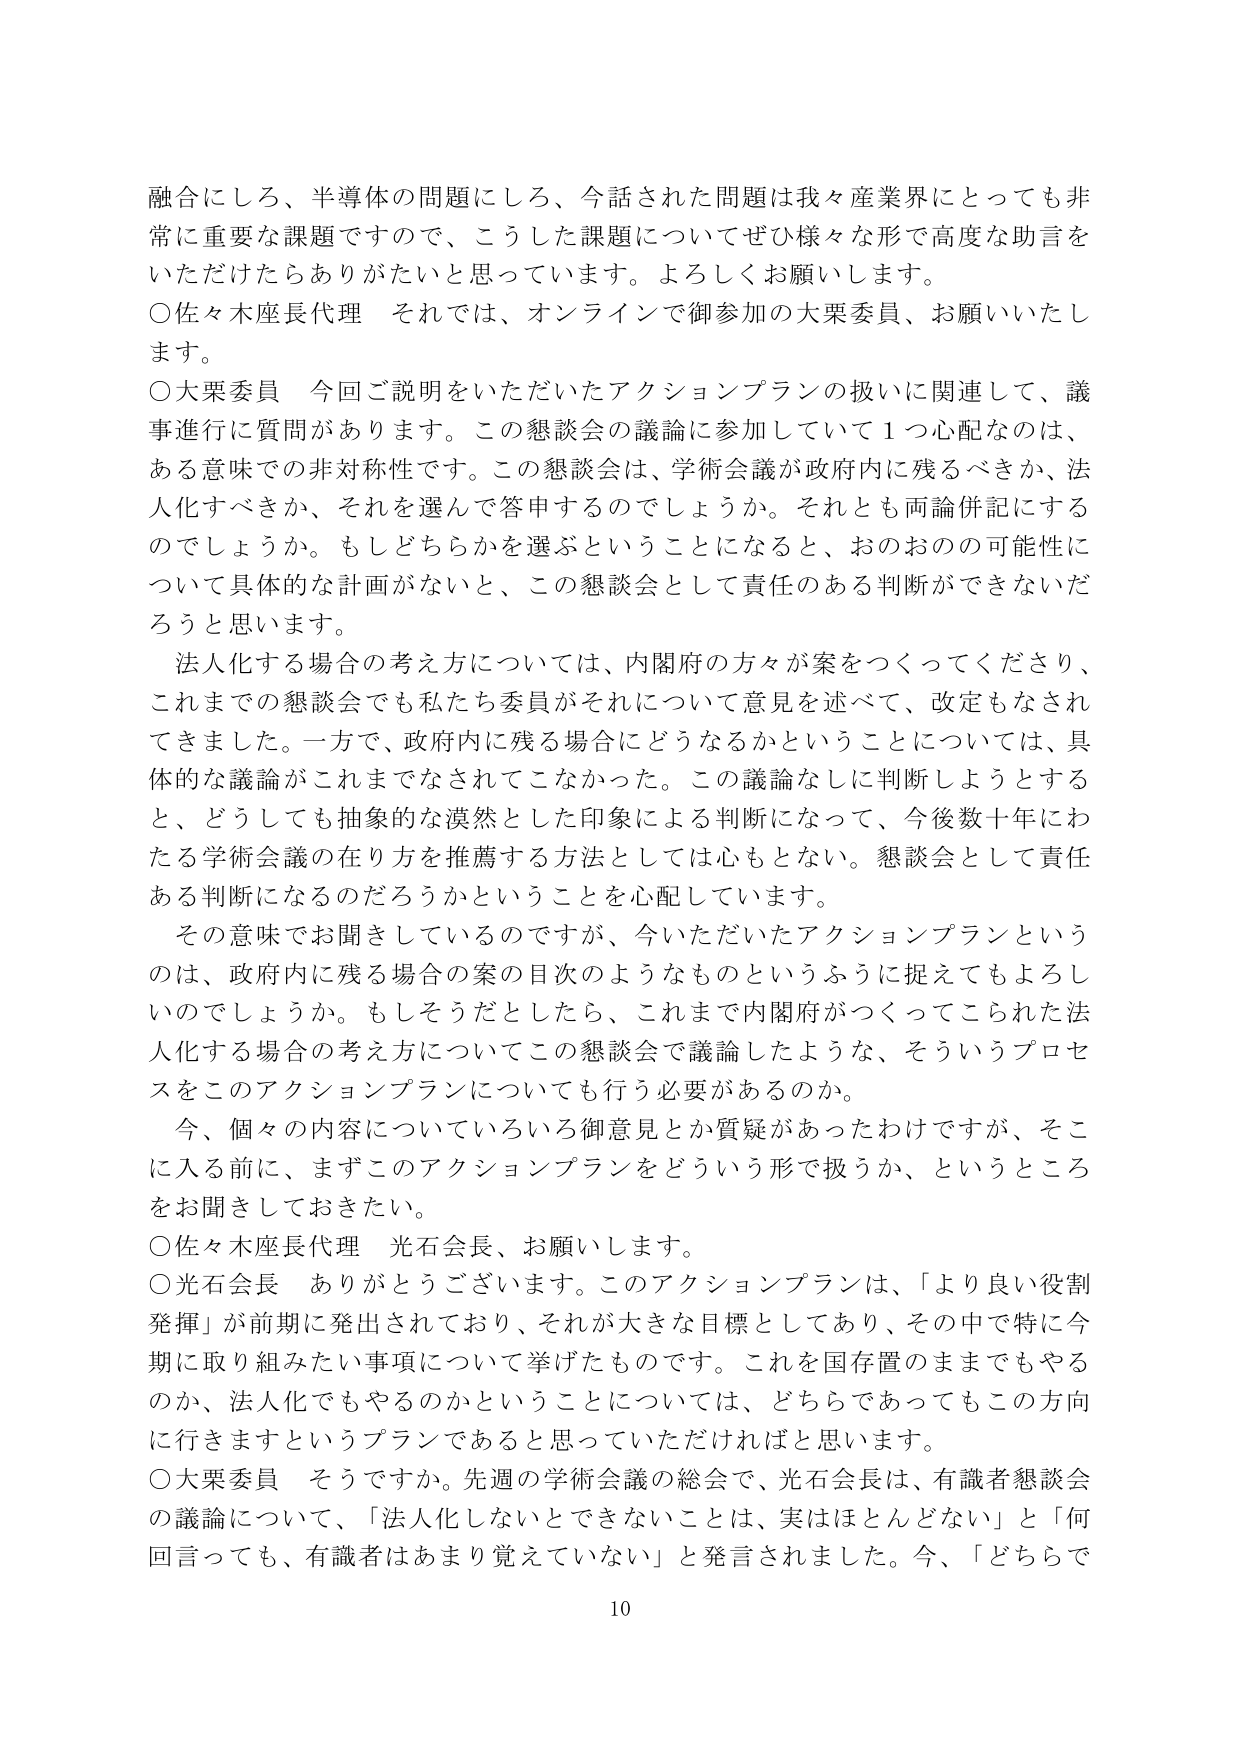
融合にしろ、半導体の問題にしろ、今話された問題は我々産業界にとっても非常に重要な課題ですので、こうした課題についてぜひ様々な形で高度な助言をいただけたらありがたいと思っています。よろしくお願いします。

○佐々木座長代理　それでは、オンラインで御参加の大栗委員、お願いいたします。

○大栗委員　今回ご説明をいただいたアクションプランの扱いに関連して、議事進行に質問があります。この懇談会の議論に参加していて１つ心配なのは、ある意味での非対称性です。この懇談会は、学術会議が政府内に残るべきか、法人化すべきか、それを選んで答申するのでしょうか。それとも両論併記するのでしょうか。もしどちらかを選ぶということになると、おのおのの可能性について具体的な計画がないと、この懇談会として責任のある判断ができないだろうと思います。

　法人化する場合の考え方については、内閣府の方々が案をつくってくださり、これまでの懇談会でも私たち委員がそれについて意見を述べて、改定もなされてきました。一方で、政府内に残る場合にどうなるかということについては、具体的な議論がこれまでなされてこなかった。この議論なしに判断しようとすると、どうしても抽象的な漠然とした印象による判断になって、今後数十年にわたる学術会議の在り方を推薦する方法としては心もとない。懇談会として責任ある判断になるのだろうかということを心配しています。

　その意味でお聞きしているのですが、今いただいたアクションプランというのは、政府内に残る場合の案の目次のようなものというふうに捉えてもよろしいでしょうか。もしそうだとしたら、これまで内閣府がつくってこられた法人化する場合の考え方についてこの懇談会で議論したような、そういうプロセスをこのアクションプランについても行う必要があるのか。

　今、個々の内容についていろいろ御意見とか質疑があったわけですが、そこに入る前に、まずこのアクションプランをどういう形で扱うか、というところをお聞きしておきたい。

○佐々木座長代理　光石会長、お願いします。

○光石会長　ありがとうございます。このアクションプランは、「より良い役割発揮」が前期に発出されており、それが大きな目標としてあり、その中で特に今期に取り組みたい事項について挙げたものです。これを国存置のままでもやるのか、法人化でもやるのかということについては、どちらであってもこの方向に行きますというプランであると思っていただければと思います。

○大栗委員　そうですか。先週の学術会議の総会で、光石会長は、有識者懇談会の議論について、「法人化しないとできないことは、実はほとんどない」と「何回言っても、有識者はあまり覚えていない」と発言されました。今、「どちらで

10